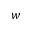
w